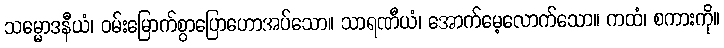
သမ္မောဒနီယံ၊ ဝမ်းမြောက်စွာပြောဟောအပ်သော။ သာရဏီယံ၊ အောက်မေ့လောက်သော။ ကထံ၊ စကားကို။